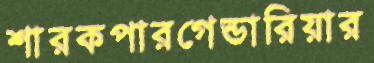
শারকপারগেন্ডারিয়ার